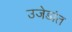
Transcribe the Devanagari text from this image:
उजेडांत